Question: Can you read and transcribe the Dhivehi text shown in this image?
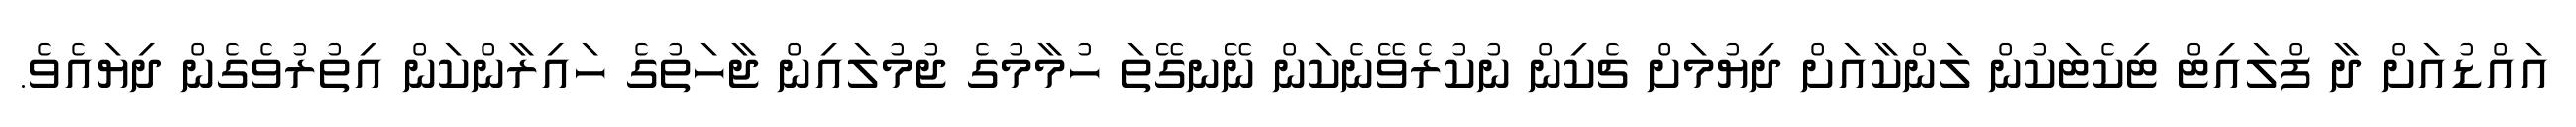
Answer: އައްޑުއަށް ދާ ފްލައިޓް ޓިކެޓަކުން ލަންކާއަށް ދިޔުމަށް ޗެކިން ނުކުރެވޭނެކަން ނޭނގޭތަ ހުމާމުގެ ޖުމުލައިން ޖާހަތުގެ ހައިރާންކަން އިތުރުވެގެން ދިޔައެވެ.